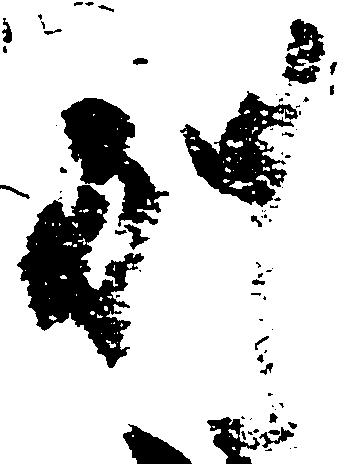
別